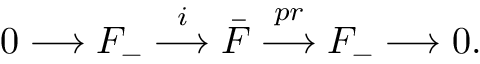
0 \longrightarrow F _ { - } \stackrel { i } { \longrightarrow } \bar { F } \stackrel { p r } { \longrightarrow } F _ { - } \longrightarrow 0 .